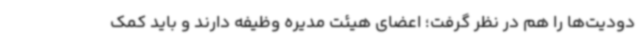
دودیت‌ها را هم در نظر گرفت؛ اعضای هیئت مدیره وظیفه دارند و باید کمک